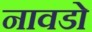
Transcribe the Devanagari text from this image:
नावडो